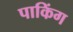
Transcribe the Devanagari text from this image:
पाकिंग